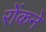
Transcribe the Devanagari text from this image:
रोंकने